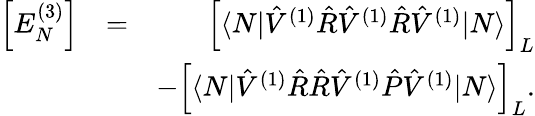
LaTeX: \begin{array}{rlr}{\Big[E_{N}^{(3)}\Big]}&{=}&{\Big[\langle N|\hat{V}^{(1)}\hat{R}\hat{V}^{(1)}\hat{R}\hat{V}^{(1)}|N\rangle\Big]_{{L}}}\\ &{}&{-\Big[\langle N|\hat{V}^{(1)}\hat{R}\hat{R}\hat{V}^{(1)}\hat{P}\hat{V}^{(1)}|N\rangle\Big]_{{L}}.}\end{array}